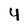
Character: Y